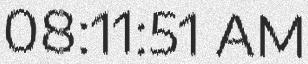
08:11:51 AM